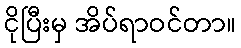
ငိုပြီးမှ အိပ်ရာဝင်တာ။